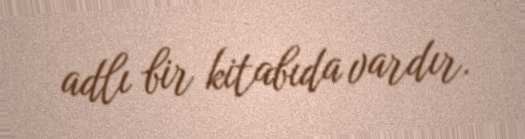
adlı bir kitabıda vardır.